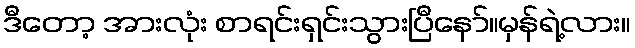
ဒီတော့ အားလုံး စာရင်းရှင်းသွားပြီနော်။မှန်ရဲ့လား။